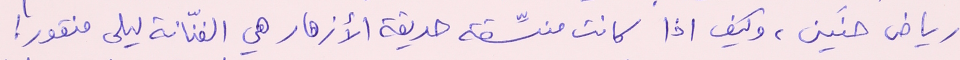
رياض حنَين، وكيف اذا كانت منسِّقة حديقة الأزهار هي الفنّانة ليلى منقور !